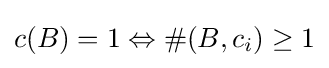
c(B)=1\Leftrightarrow \#(B,c_{i})\geq 1